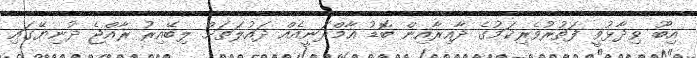
އިބޫ ވިދާޅުވީ ފަތުރުވެރިކަމުގެ ދާއިރާއިން ބޮޑު އާމްދަނީއެއް ދައުލަތަށް ލިބޭއިރު ރާއްޖެ ދުނިޔޭގައި